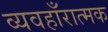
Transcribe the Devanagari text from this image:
व्यवहाँरात्मक